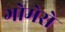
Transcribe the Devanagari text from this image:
गोमेरो